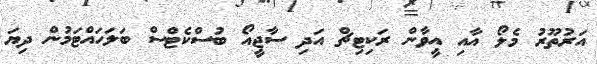
އަރުތޫރު މެލޯ އާއި އީވާން ރަކިޓިޗް އަދި ސާޖީއޯ ބުސްކެޓްސް ބަލަހައްޓަމުން ދިޔަ